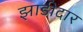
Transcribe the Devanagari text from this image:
झाडीदार